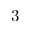
3